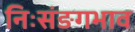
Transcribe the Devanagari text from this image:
निःसंङगभाव